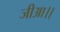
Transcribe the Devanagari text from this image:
जीआ।।